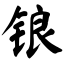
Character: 锒